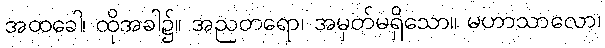
အထခေါ၊ ထိုအခါ၌။ အညတရော၊ အမှတ်မရှိသော။ မဟာသာလော၊